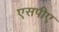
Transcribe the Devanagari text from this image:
एसपीए